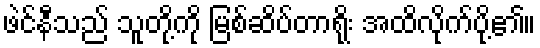
ဖဲင်နီသည် သူတို့ကို မြစ်ဆိပ်တာရိုး အထိလိုက်ပို့၏။